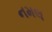
નમલ